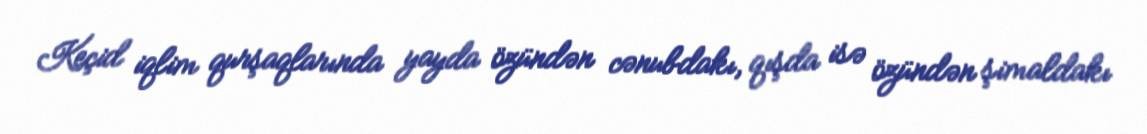
Keçid iqlim qurşaqlarında yayda özündən cənubdakı, qışda isə özündən şimaldakı